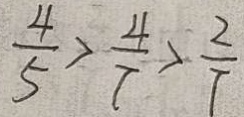
\frac { 4 } { 5 } > \frac { 4 } { 7 } > \frac { 2 } { 7 }